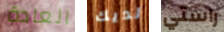
العادة لديك راستي